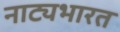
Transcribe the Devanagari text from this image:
नाट्यभारत